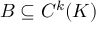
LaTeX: B \subseteq C ^ { k } ( K )